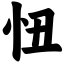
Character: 忸